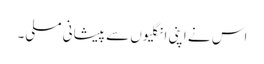
اس نے اپنی انگلیوں سے پیشانی مسلی۔